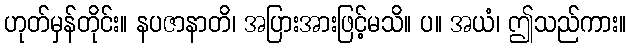
ဟုတ်မှန်တိုင်း။ နပဇာနာတိ၊ အပြားအားဖြင့်မသိ။ ပ။ အယံ၊ ဤသည်ကား။